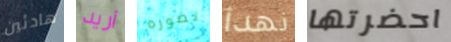
هادئين أريد تصوره نهدأ احضرتها